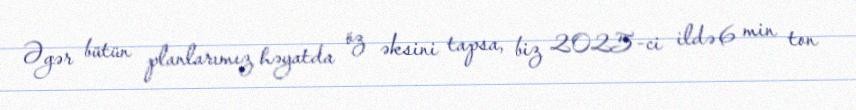
Əgər bütün planlarımız həyatda öz əksini tapsa, biz 2025-ci ildə 6 min ton